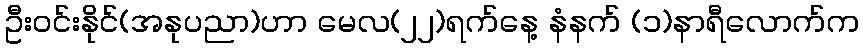
ဦးဝင်းနိုင်(အနုပညာ)ဟာ မေလ(၂၂)ရက်နေ့ နံနက် (၁)နာရီလောက်က